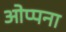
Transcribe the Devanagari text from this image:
ओप्पना